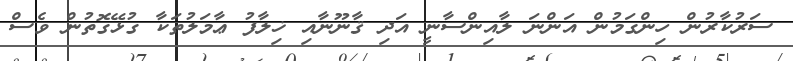
ސަރުކާރުން ހިންގަމުން އަންނަ ލާއިންސާނީ އަދި ޤާނޫނާއި ޚިލާފު ޢާމަލުތަކާ ގުޅޭގޮތުން ވެސް